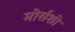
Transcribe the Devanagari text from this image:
मोर्सशी